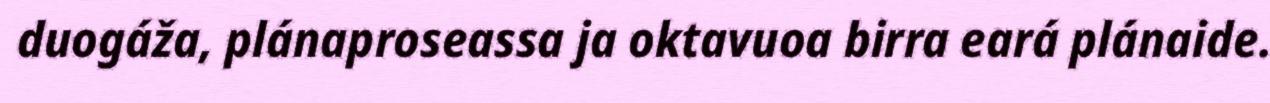
duogáža, plánaproseassa ja oktavuoa birra eará plánaide.